Indian journal of veterinary science and animal husbandry - Volume 1,
Year: 1931
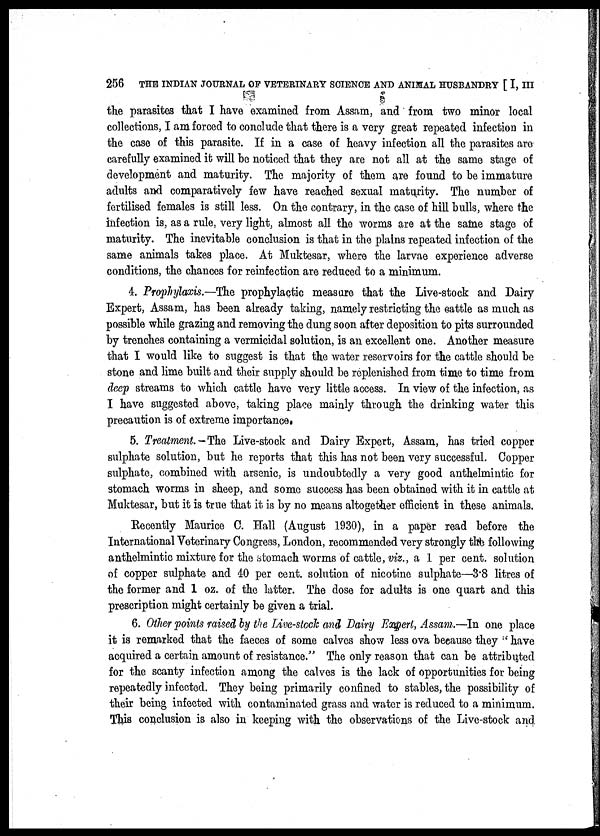
256 THE INDIAN JOURNAL OF VETERINARY SCIENCE AND ANIMAL HUSBANDRY [ I, III
the parasites that I have examined from Assam, and from two minor local
collections, I am forced to conclude that there is a very great repeated infection in
the case of this parasite. If in a case of heavy infection all the parasites are
carefully examined it will be noticed that they are not all at the same stage of
development and maturity. The majority of them are found to be immature
adults and comparatively few have reached sexual maturity. The number of
fertilised females is still less. On the contrary, in the case of hill bulls, where the
infection is, as a rule, very light, almost all the worms are at the same stage of
maturity. The inevitable conclusion is that in the plains repeated infection of the
same animals takes place. At Muktesar, where the larvae experience adverse
conditions, the chances for reinfection are reduced to a minimum.
4. Prophylaxis.—The prophylactic measure that the Live-stock and Dairy
Expert, Assam, has been already taking, namely restricting the cattle as much as
possible while grazing and removing the dung soon after deposition to pits surrounded
by trenches containing a vermicidal solution, is an excellent one. Another measure
that I would like to suggest is that the water reservoirs for the cattle should be
stone and lime built and their supply should be replenished from time to time from
deep streams to which cattle have very little access. In view of the infection, as
I have suggested above, taking place mainly through the drinking water this
precaution is of extreme importance.
5. Treatment. — The Live-stock and Dairy Expert, Assam, has tried copper
sulphate solution, but he reports that this has not been very successful. Copper
sulphate, combined with arsenic, is undoubtedly a very good anthelmintic for
stomach worms in sheep, and some success has been obtained with it in cattle at
Muktesar, but it is true that it is by no means altogether efficient in these animals.
Recently Maurice C. Hall (August 1930), in a paper read before the
International Veterinary Congress, London, recommended very strongly the following
anthelmintic mixture for the stomach worms of cattle, viz., a 1 per cent. solution
of copper sulphate and 40 per cent. solution of nicotine sulphate—3.8 litres of
the former and 1 oz. of the latter. The dose for adults is one quart and this
prescription might certainly be given a trial.
6. Other points raised by the Live-stock and Dairy Expert, Assam.—In one place
it is remarked that the faeces of some calves show less ova because they "have
acquired a certain amount of resistance." The only reason that can be attributed
for the scanty infection among the calves is the lack of opportunities for being
repeatedly infected. They being primarily confined to stables, the possibility of
their being infected with contaminated grass and water is reduced to a minimum.
This conclusion is also in keeping with the observations of the Live-stock and